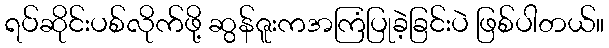
ရပ်ဆိုင်းပစ်လိုက်ဖို့ ဆွန်ဇူးကအကြံပြုခဲ့ခြင်းပဲ ဖြစ်ပါတယ်။